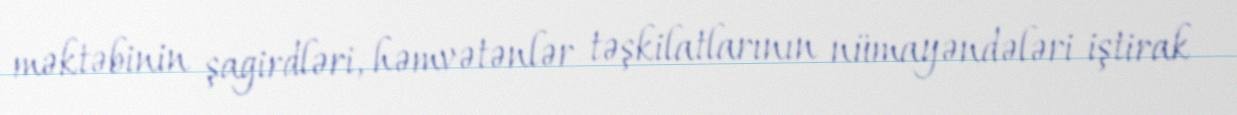
məktəbinin şagirdləri, həmvətənlər təşkilatlarının nümayəndələri iştirak